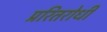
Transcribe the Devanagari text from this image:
प्ररितरोधी